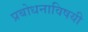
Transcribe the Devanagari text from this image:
प्रबोधनाविषयी